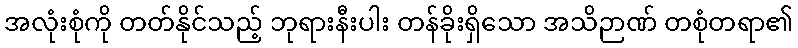
အလုံးစုံကို တတ်နိုင်သည့် ဘုရားနီးပါး တန်ခိုးရှိသော အသိဉာဏ် တစုံတရာ၏